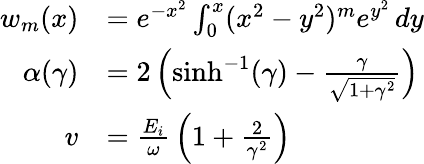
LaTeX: {\begin{array}{rl}{w_{m}(x)}&{=e^{-x^{2}}\int_{0}^{x}(x^{2}-y^{2})^{m}e^{y^{2}}\, dy}\\ {\alpha(\gamma)}&{=2\left(\sinh^{-1}(\gamma)-{\frac{\gamma}{\sqrt{1+\gamma^{2}}}}\right)}\\ {v}&{={\frac{E_{i}}{\omega}}\left(1+{\frac{2}{\gamma^{2}}}\right)}\end{array}}